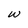
Character: w